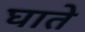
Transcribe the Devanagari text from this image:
घाते